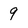
Character: 9